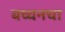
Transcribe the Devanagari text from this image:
बच्चनचा